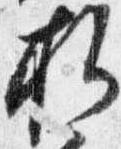
折